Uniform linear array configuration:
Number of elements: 24
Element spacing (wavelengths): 0.75
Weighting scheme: hann
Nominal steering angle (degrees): -15
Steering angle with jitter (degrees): -13.626
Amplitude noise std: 0.05
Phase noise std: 0.05

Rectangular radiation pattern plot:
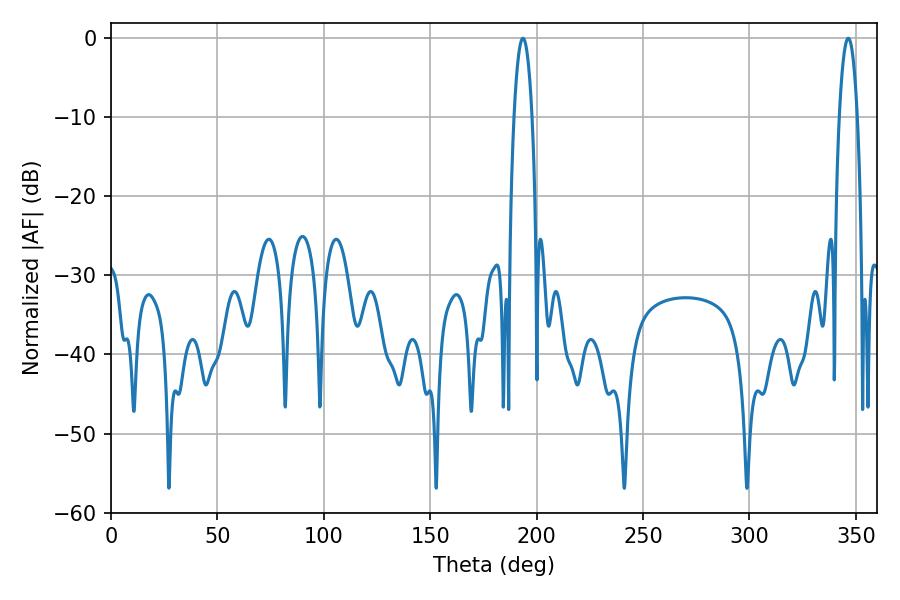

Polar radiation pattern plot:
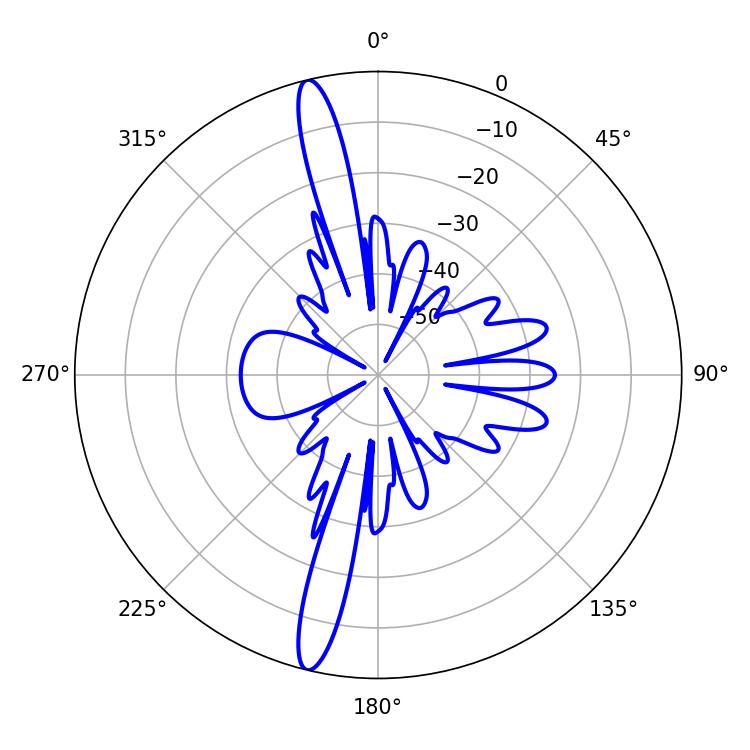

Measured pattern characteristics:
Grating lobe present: TRUE
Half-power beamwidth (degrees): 4.68
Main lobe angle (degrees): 346.5